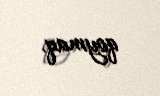
qoymaq.